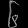
Digit: ၆